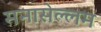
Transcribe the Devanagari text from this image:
मनासेल्लम